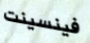
فينسينت